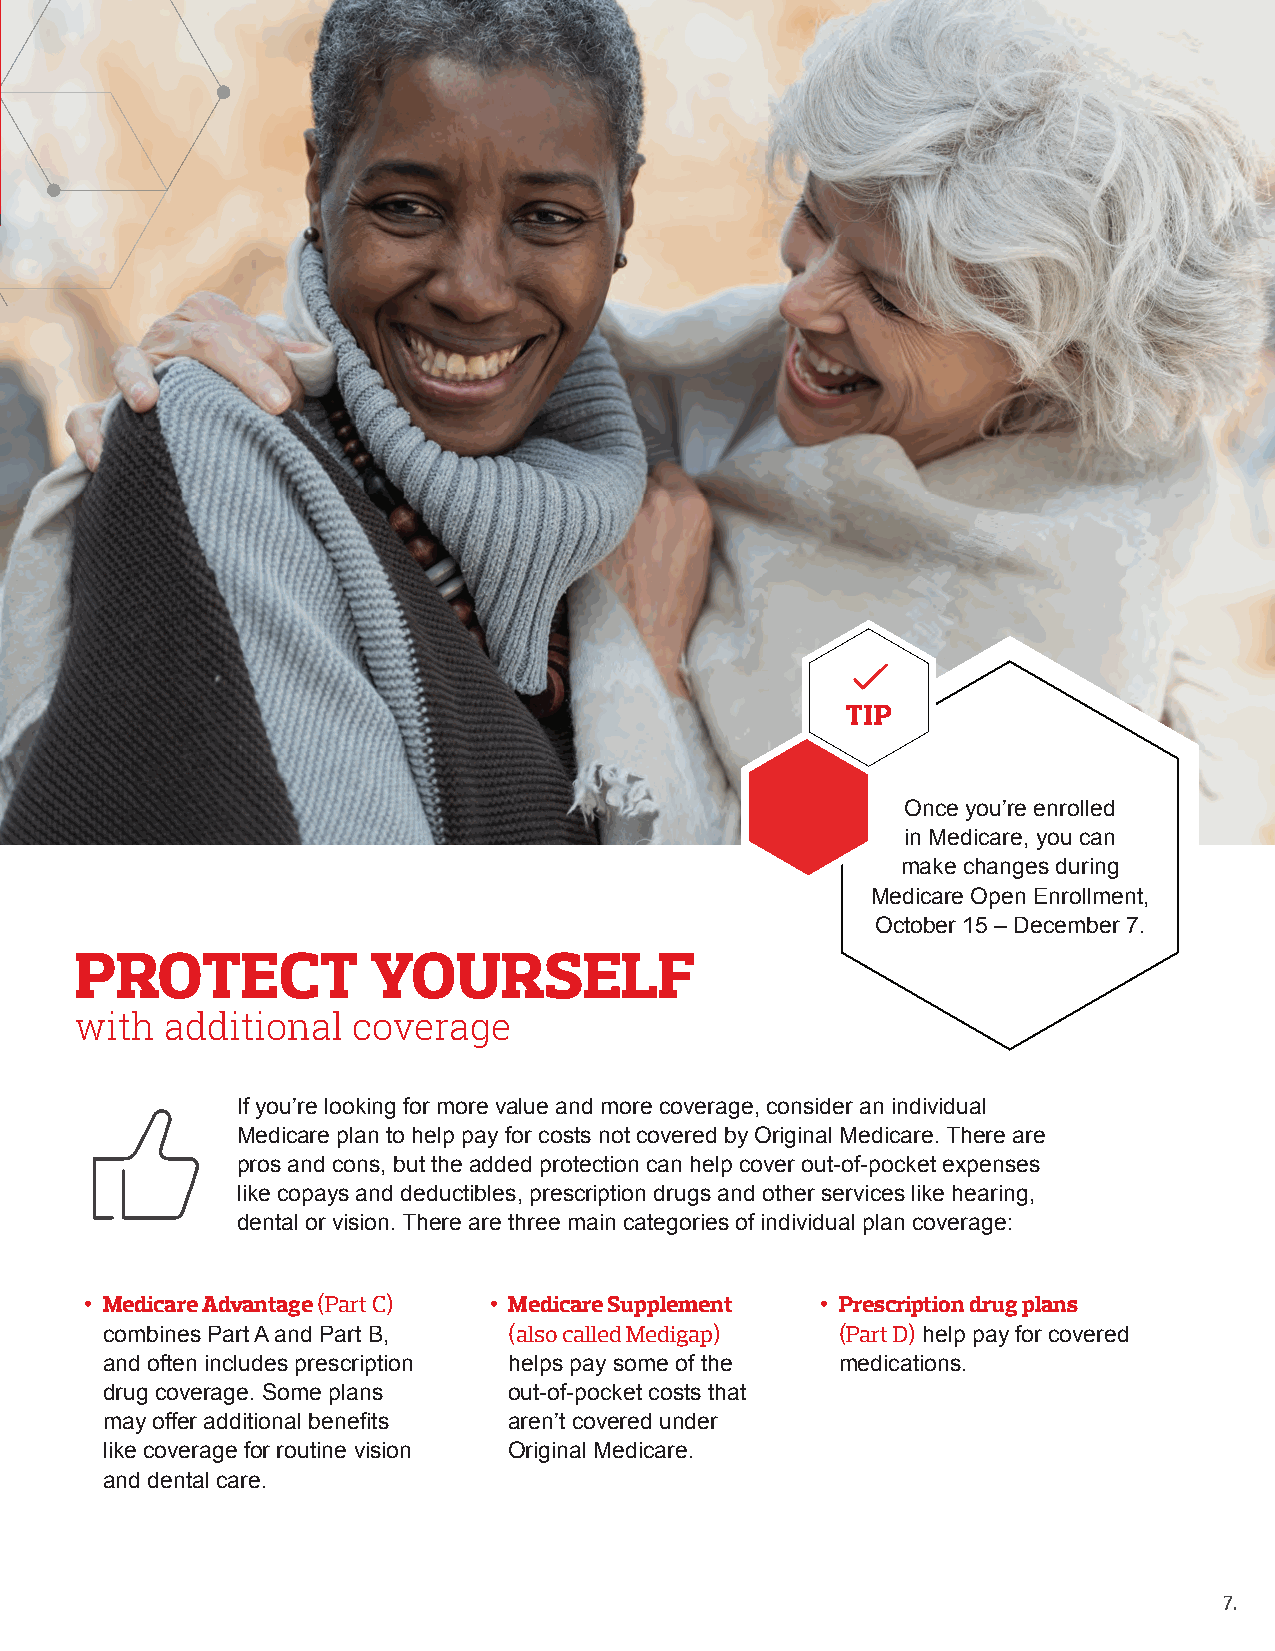
TIP
 Once you’re enrolled
 in Medicare, you can
 make changes during
 Medicare Open Enrollment,
 October 15 – December 7.
 PROTECT             YOURSELF
 with  additional  coverage
 If you’re looking for more value and more coverage, consider an individual
 Medicare plan to help pay for costs not covered by Original Medicare. There are
 pros and cons, but the added protection can help cover out-of-pocket expenses
 like copays and deductibles, prescription drugs and other services like hearing,
 dental or vision. There are three main categories of individual plan coverage:
 • Medicare Advantage (Part C) • Medicare Supplement • Prescription drug plans
 combines Part A and Part B, (also called Medigap) (Part D) help pay for covered
 and often includes prescription helps pay some of the medications.
 drug coverage. Some plans  out-of-pocket costs that
 may offer additional benefits aren’t covered under
 like coverage for routine vision Original Medicare.
 and dental care.
 7.